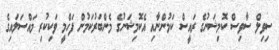
ސިވިލް ސާވިސް ކޮމިޝަނުގެ ރައީސް ކަމުންނާއި އެކޮމިޝަނުގެ މެންބަރުކަމުން ފަހްމީ ވަކިކުރި މައްސަލައިގެ